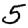
Digit: 5